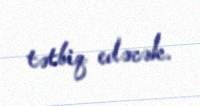
tətbiq edəcək.